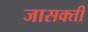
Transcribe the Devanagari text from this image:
जासक्ती